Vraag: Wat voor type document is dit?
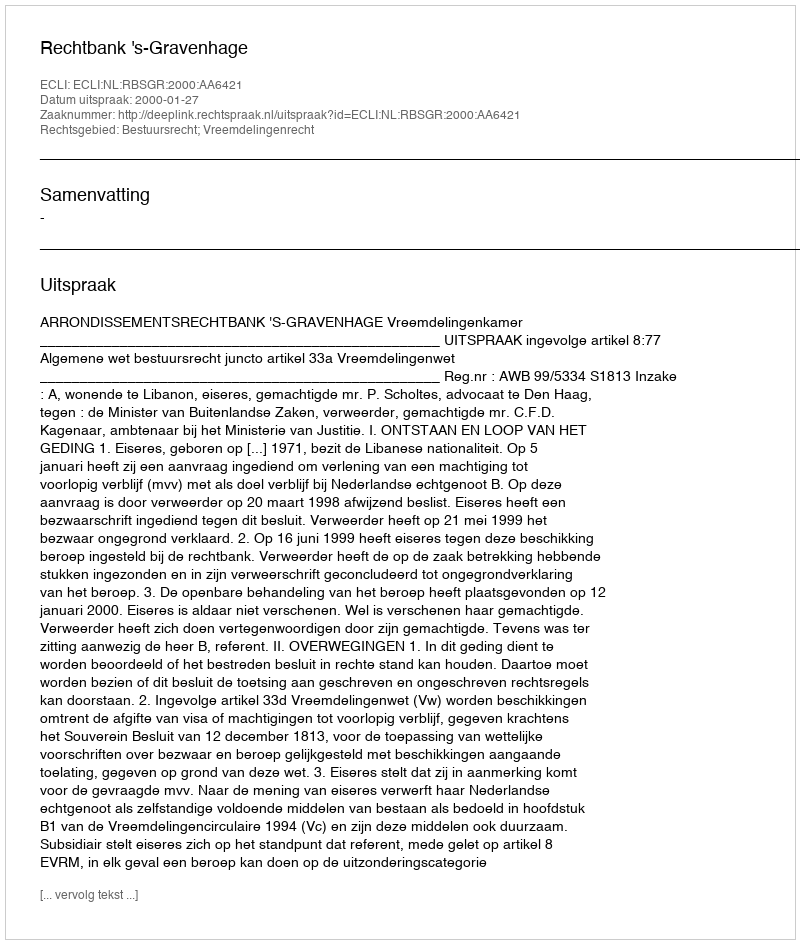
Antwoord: Uitspraak